Lunatic asylums Burma 1907-21 - 1907-1921
Year: 1907
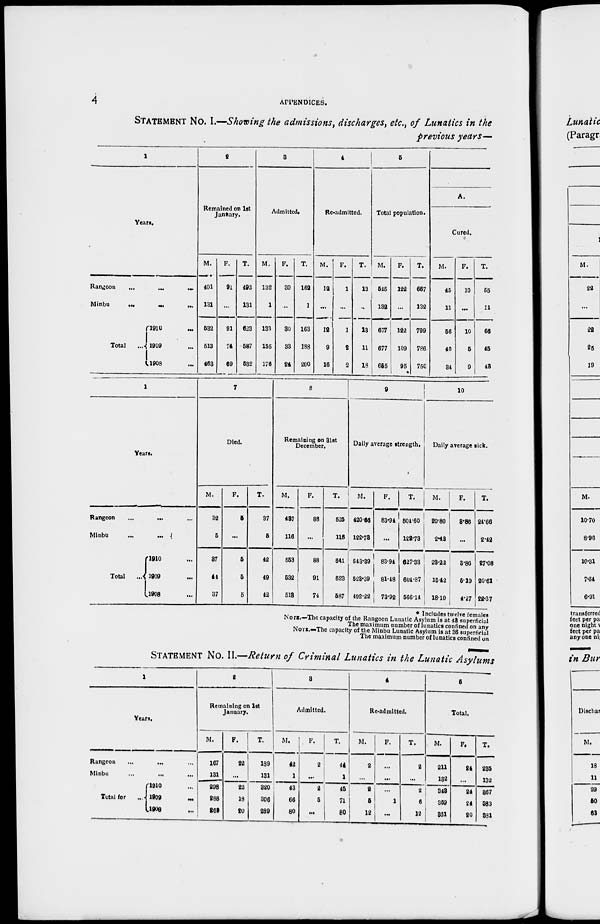
4
APPENDICES.
STATEMENT No. I.—Showing the admissions, discharges, etc., of Lunatics in the
previous years—
1
Years.
Rangoon
...
...
...
Minbu ... ... ...
Total ...
1910 ...
1909 ...
1908 ...
2
Remained on 1st
January.
M.
401
131
532
513
463
F.
91
...
91
74
69
T.
492
131
623
587
532
3
Admitted.
M.
132
1
133
155
176
F.
30
...
30
33
24
T.
162
1
163
188
200
4
Re-admitted.
M.
12
...
12
9
16
F.
1
...
1
2
2
T.
13
...
13
11
18
5
Total population.
M.
515
132
677
677
665
F.
122
...
122
109
95
T.
667
132
799
786
750
A.
Cured.
M.
45
11
56
40
34
F.
10
...
10
5
9
T.
55
11
66
45
43
1
Years.
Rangoon ... ... ...
Minbu
...
...
Total ...
1910 ...
1909 ...
1908 ...
7
Died.
M.
32
5
37
44
37
F.
5
...
5
5
5
T.
37
5
42
49
42
8
Remaining on 31st
December.
M.
437
116
553
532
518
F.
88
...
88
91
74
T.
525
116
541
623
587
9
Daily average strength.
M.
420.66
122.73
543.39
523.39
402.22
F.
83.94
...
83.94
81.48
73.92
T.
504.60
122.73
627.33
604.87
566.14
10
Daily average sick.
M.
20.80
2.42
28.22
15.42
18.10
F.
3.86
...
3.86
5.19
4.27
T.
24.66
2.42
27.08
20.61
22.37
* Includes twelve females
NOTE.—The capacity of the Rangoon Lunatic Asylum is at 43 superficial
The maximum number of lunatics confined on any
NOTE.—The capacity of the Minbu Lunatic Asylum is at 36 superficial
The maximum number of lunatics confined on
STATEMENT No. II.—Return of Criminal Lunatics in the Lunatic Asylums
1
Years.
Rangoon ... ... ...
Minbu ... ... ...
Total for ...
1910 ...
1909 ...
1908 ...
2
Remaining on 1st
January.
M.
167
131
298
288
269
F.
22
...
22
18
20
T.
189
131
320
306
289
3
Admitted.
M.
42
1
43
66
80
F.
2
...
2
5
...
T.
44
1
45
71
80
4
Re-admitted.
M.
2
...
2
5
12
F.
...
...
...
1
...
T.
2
...
2
6
12
5
Total.
M.
211
132
343
359
361
F.
24
...
24
24
20
T.
235
132
367
383
381